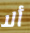
ألا